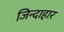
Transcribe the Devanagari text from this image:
जिन्दाहार